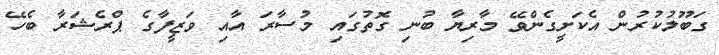
ގަބޫލުކުރުން އެކަށީގެންވޭ މާރިޔާ ބުނި ގޮތުގައި މުސާރަ އާއި ވަޒީފާގެ ޕްރެޝަރާ ބެހޭ